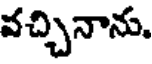
వచ్చినాను.